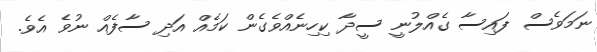
ނަމަވެސް ފައިސާ ގެއްލުނީ ސީދާ ކިހިނެއްވެގެން ކަމެއް އަދި ސާފެއް ނުވެ އެވެ.